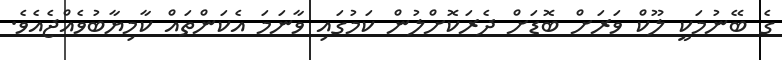
ގެ ބޭނުމަކީ ލޫކް ވަރަށް ބޮޑަށް ދެރަކޮށްލުން ކަމުގައި ވާނަމަ އެކަންތައް ކާމިޔާބުވެއްޖެއެވެ.